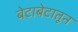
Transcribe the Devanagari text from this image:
बेटाबेटातून